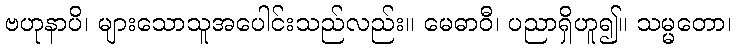
ဗဟုနာပိ၊ များသောသူအပေါင်းသည်လည်း။ မေဓာဝီ၊ ပညာရှိဟူ၍။ သမ္မတော၊